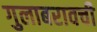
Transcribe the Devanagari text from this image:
गुलाबरावची